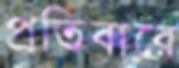
প্রতিবারে